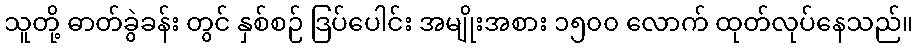
သူတို့ ဓာတ်ခွဲခန်း တွင် နှစ်စဉ် ဒြပ်ပေါင်း အမျိုးအစား ၁၅၀၀ လောက် ထုတ်လုပ်နေသည်။